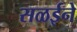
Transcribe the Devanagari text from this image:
सळईने